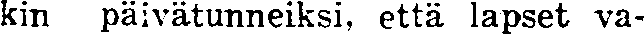
kin päivätunneiksi, että lapset va-